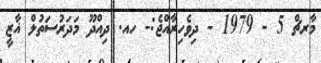
މާރޗް 5 - 1979 - ދިވެހިރާއްޖެ:- ހއ. ދިއްދޫ މަދަރުސަތުލް ޣާޒީ